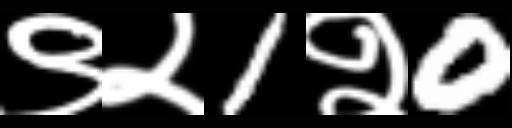
Text: ९२1२0